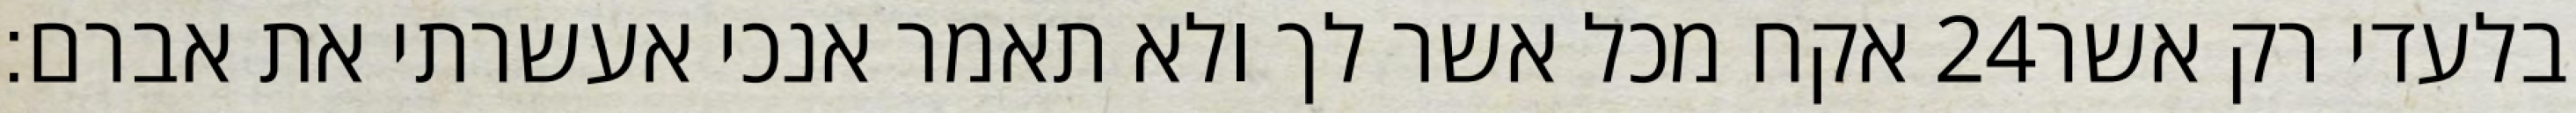
אקח מכל אשר לך ולא תאמר אנכי אעשרתי את אברם׃ ‎24‏ בלעדי רק אשר